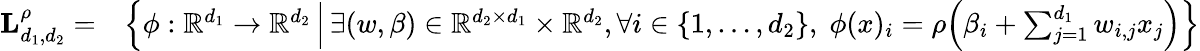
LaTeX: \begin{array}{rl}{\mathbf{L}_{d_{1},d_{2}}^{\rho}=}&{\Big\{ \phi:\mathbb{R}^{d_{1}}\to\mathbb{R}^{d_{2}}\, \Big|\, \exists(w,\beta)\in\mathbb{R}^{d_{2}\times d_{1}}\times\mathbb{R}^{d_{2}},\forall i\in\{ 1,\dots,d_{2}\} ,\; \phi(x)_{i}=\rho\Big(\beta_{i}+\sum_{j=1}^{d_{1}}w_{i,j}x_{j}\Big)\Big\} }\end{array}